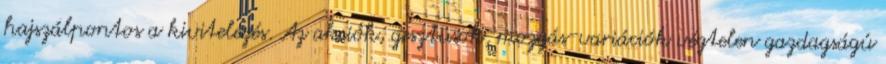
hajszálpontos a kivitelezés. Az akciók, gesztusok, mozgás-variációk végtelen gazdagságú